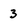
Character: 3